Annual report on the Civil Veterinary Department, Burma (including the Insein Veterinary School) - 1932-1941
Year: 1932
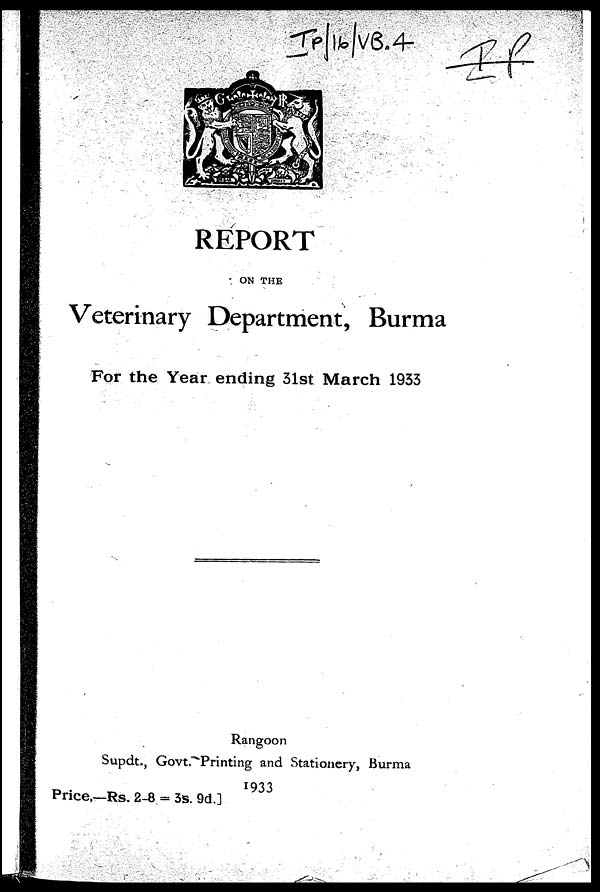
REPORT
ON THE
Veterinary Department, Burma
For the Year ending 31st March 1933
Rangoon
Supdt., Govt. Printing and Stationery, Burma
Price,—Rs. 2-8 = 3s. 9d]